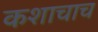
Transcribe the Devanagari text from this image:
कशाचाच